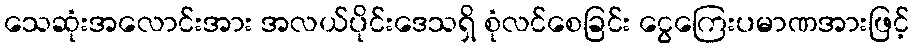
သေဆုံးအလောင်းအား အလယ်ပိုင်းဒေသရှိ စုံလင်စေခြင်း ငွေကြေးပမာဏအားဖြင့်